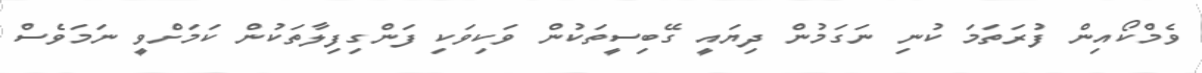
ވެމްކޯއިން ފުރަތަމަ ކުނި ނަގަމުން ދިޔައީ ގޭބިސީތަކުން ވަކިވަކި ފަންގިފިލާތަކުން ކަމަށްވީ ނަމަވެސް